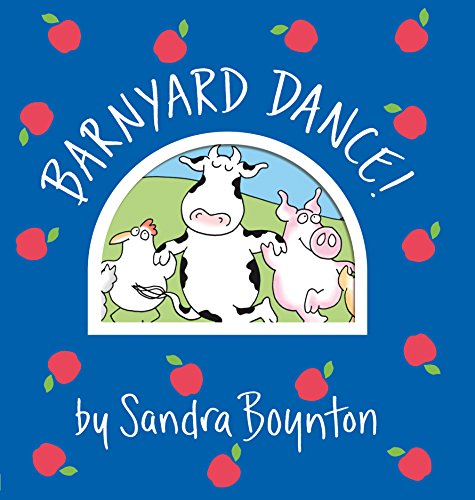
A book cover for Barnyard Dance! (Boynton on Board); Sandra Boynton; Arts & Photography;